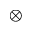
\otimes